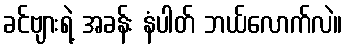
ခင်ဗျားရဲ့ အခန်း နံပါတ် ဘယ်လောက်လဲ။